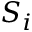
S _ { i }